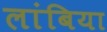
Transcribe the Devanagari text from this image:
लांबिया